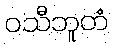
ဝသီဘူတံ